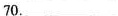
70.___